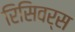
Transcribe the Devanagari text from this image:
रिसिवर्स